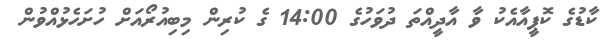
ކާޑުގެ ކޮޕީއާއެކު ވާ އާދީއްތަ ދުވަހުގެ 14:00 ގެ ކުރިން މިބިއުރޯއަށް ހުށަހެޅުއްވުން